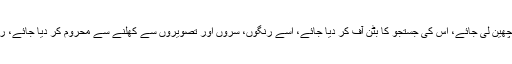
منتقم اور حس ،متھ کو گوارا نہیں، اگر انسان سے اس کی تخلیقی جبلّت چھین لی جائے، اس کی جستجو کا بٹن آف کر دیا جائے، اسے رنگوں، سُروں اور تصویروں سے کھلنے سے محروم کر دیا جائے، رقص و سرود اور خوشی و مسرت کی لمحاتی مستی حرام کر دی جائے۔